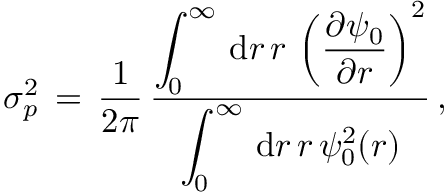
\begin{array} { l } { \displaystyle \sigma _ { p } ^ { 2 } \, = \, \frac 1 { 2 \pi } \, \frac { \displaystyle \int _ { 0 } ^ { \infty } \, \mathrm { d } r \, r \, \left( \frac { \partial \psi _ { 0 } } { \partial r } \right) ^ { 2 } } { \displaystyle \int _ { 0 } ^ { \infty } \, \mathrm { d } r \, r \, \psi _ { 0 } ^ { 2 } ( \boldsymbol { r } ) } \, , } \end{array}